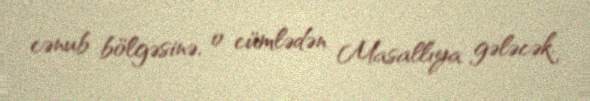
cənub bölgəsinə, o cümlədən Masallıya gələcək.